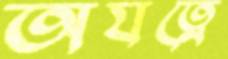
অযত্নে